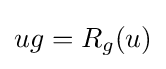
ug=R_{g}(u)